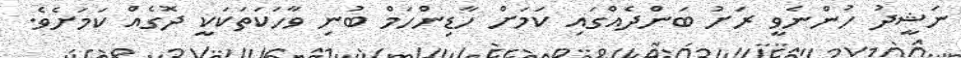
ނަޝީދު ހުންނެވީ ރަށު ބަންދެއްގައި ކަމަށް ހާޑިންހަމް ބުނި ވާހަކަތަކަކީ ދޮގެއް ކަމަށެވެ.